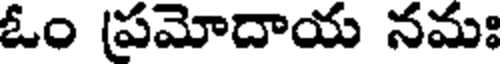
ఓం (ప్రమోదాయ నమః